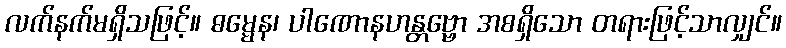
လက်နက်မရှိသဖြင့်။ ဓမ္မေန၊ ပါဏောနဟန္တဗ္ဗော အစရှိသော တရားဖြင့်သာလျှင်။